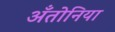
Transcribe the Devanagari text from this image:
अँतोनिया